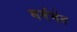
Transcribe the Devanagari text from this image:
मर्मभेद